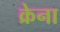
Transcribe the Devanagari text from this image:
क्रेना